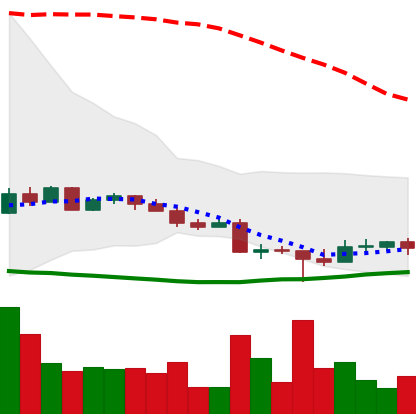
Ticker: EOS-USD
Chart end date: 2022-10-18
Forward return: 4.309%
Label: up_3_5